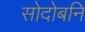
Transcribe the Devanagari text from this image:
सोदोबनि